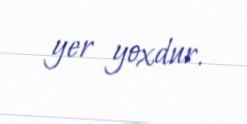
yer yoxdur.